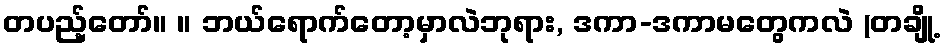
တပည့်တော်။ ။ ဘယ်ရောက်တော့မှာလဲဘုရား, ဒကာ-ဒကာမတွေကလဲ (တချို့